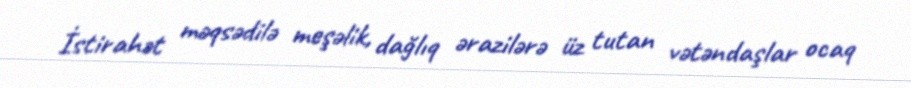
İstirahət məqsədilə meşəlik, dağlıq ərazilərə üz tutan vətəndaşlar ocaq